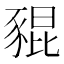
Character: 𧱟